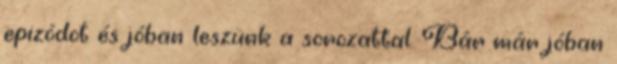
epizódot és jóban leszünk a sorozattal. Bár már jóban